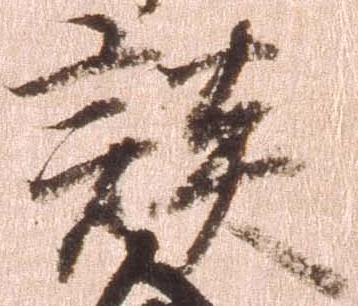
談